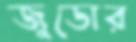
জুডোর